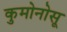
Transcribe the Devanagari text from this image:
कुमोनोसू